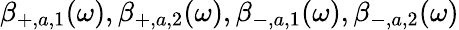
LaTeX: \beta_{+,a,1}(\omega),\beta_{+,a,2}(\omega),\beta_{-,a,1}(\omega),\beta_{-,a,2}(\omega)